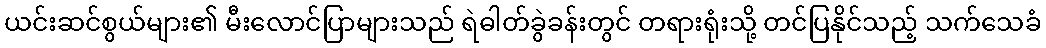
ယင်းဆင်စွယ်များ၏ မီးလောင်ပြာများသည် ရဲဓါတ်ခွဲခန်းတွင် တရားရုံးသို့ တင်ပြနိုင်သည့် သက်သေခံ